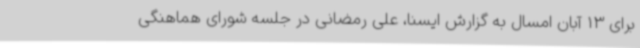
برای 13 آبان امسال به گزارش ایسنا، علی رمضانی در جلسه شورای هماهنگی